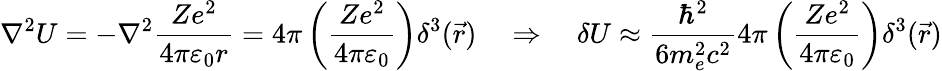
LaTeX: \nabla^{2}U=-\nabla^{2}{\frac{Ze^{2}}{4\pi\varepsilon_{0}r}}=4\pi\left({\frac{Ze^{2}}{4\pi\varepsilon_{0}}}\right)\delta^{3}({\vec{r}})\quad\Rightarrow\quad\delta U\approx{\frac{\hbar^{2}}{6m_{e}^{2}c^{2}}}4\pi\left({\frac{Ze^{2}}{4\pi\varepsilon_{0}}}\right)\delta^{3}({\vec{r}})